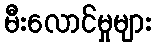
မီးလောင်မှုများ